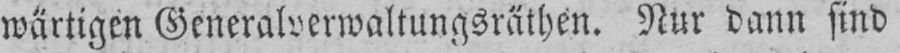
wärtigen Generalverwaltungsräthen. Nur dann sind